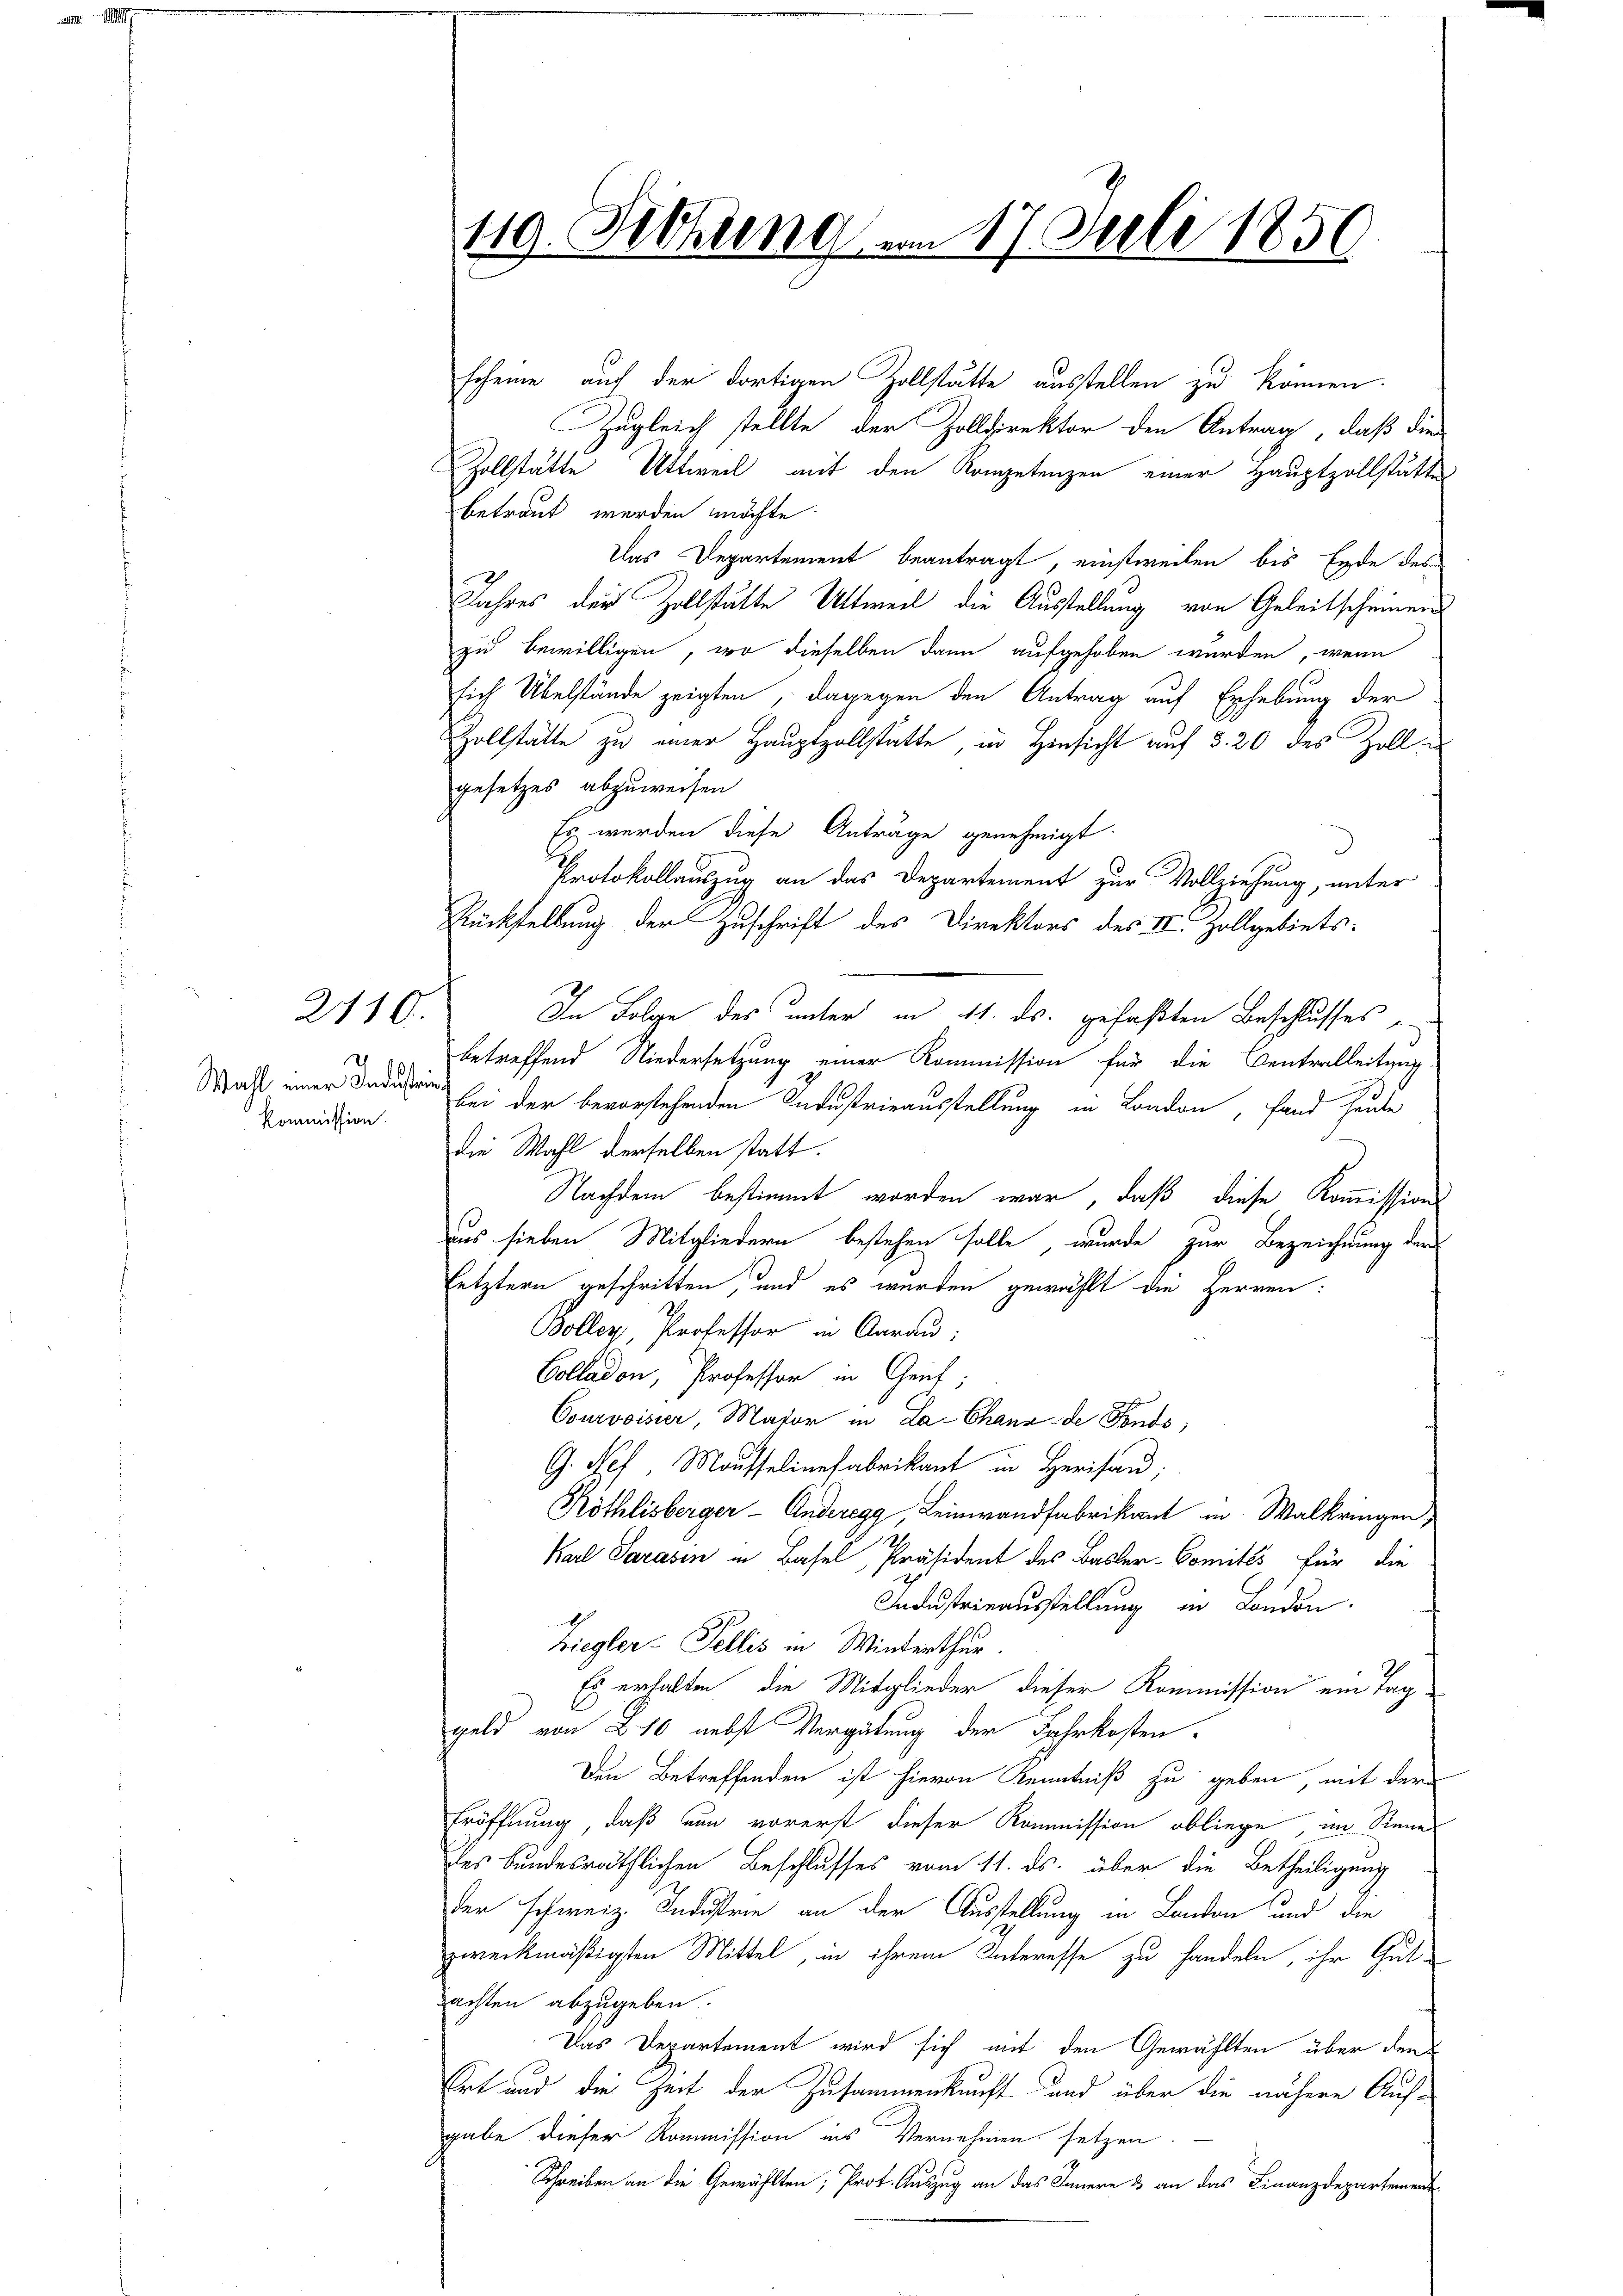
Wahl einer Industrin
Kommission.

2110.

119. Fethung am 17. Juli 1850.

scheine auch der dortigen Zollstätte ausstellen zu können.
Zugleich stellte, der Zolldirektor den Antrag, daß die
Zollstätte Uttweil mit den Kompetenzen einer Hauptzollstätte
betraut werden möchte
Das Departement beantragt, einstweilen bis Ende des
Jahres der Zollstätte Altweil die Ausstellung von Geleitscheinen
zu bewilligen, wo dieselben dann aufgehoben werden, wenn
sich Übelstände zeigten, dagegen den Antrag auf Erhebung der
Zollstatte zu einer Hauptzollstatte, in Hinsicht auf §. 20 des Zollgesetzes abzuweisen
Es werden diese Anträge genehmigt.
d
Protokollauszug an das Departement zur Vollziehung, unter
Rückstellung der Zuschrift des Direktors des IV. Zollgebiets-
In Folge des unter in 11. ds. gefaßten Beschlusses
betreffend Niedersetzung einer Kommission für die Centralleitung
bei der bevorstehenden Industrieausstellung in London, fand heute
die Wahl derselben statt.
Nachdem bestimmt worden war, daß diese Kommissions
aus sieben Mitgliedern bestehen solle, wurde zur Bezeichnung der
letztern geschritten, und es werden gewählt die Herren:
Boller, Professor in Aarau;
Colladon, Professor in Genf;
Courvoisier, Major in La-Chaux de Fonds;
G. Nef Mousselinefabrikant in Herisau;
Röthlisberger - Anderegg, Leinwandfabrikant in Walkringen,
Karl Sarasen in Basel, Präsident des Basler-Comités für die
Industrieausstellung in London.
Ziegler-Fellis in Winterthur.
Es erhalten, die Mitglieder dieser Kommission ein Tag
geld von 210 nebst Vergütung der Fahrkosten
Den Betreffenden ist hievon Kenntniß zu geben, mit der
Eröffnung, daß nun vorerst dieser Kommission obliege, im Sinne
des Bundesräthlichen Beschlusses vom 11. ds. über die Betheiligung
der schweiz. Industrie an der Ausstellung in Landon und die
zweckmäßigsten Mittel, in ihrem Interesse zu handeln, ihr Gut-
achten abzugeben.
Das Departement wird sich mit den Gewählten über den
Ort und die Zeit der Zusammenkunft und über die nähere Aufgabe dieser Kommission ins Vernehmen setzen.
Schreiben an die Gewählten; Prot. Auszug an das Innern 3 an das Finanzdepartement